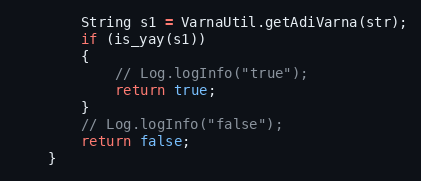
Language: Java
        String s1 = VarnaUtil.getAdiVarna(str);
        if (is_yay(s1))
        {
            // Log.logInfo("true");
            return true;
        }
        // Log.logInfo("false");
        return false;
    }